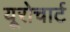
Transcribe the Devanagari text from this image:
यूरोचार्ट